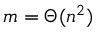
m = \Theta ( n ^ { 2 } )